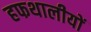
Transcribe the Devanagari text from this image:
हफथालीयों